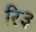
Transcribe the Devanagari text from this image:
रि३